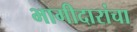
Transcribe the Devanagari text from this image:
भागीदारांचा